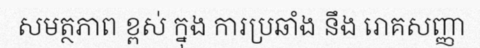
សមត្ថភាព ខ្ពស់ ក្នុង ការប្រឆាំង នឹង រោគសញ្ញា